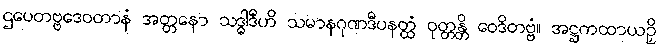
ဌပေတဗ္ဗဒေဝတာနံ အတ္တနော သဒ္ဓါဒီဟိ သမာနဂုဏဒီပနတ္ထံ ဝုတ္တန္တိ ဝေဒိတဗ္ဗံ။ အဋ္ဌကထာယဉှိ